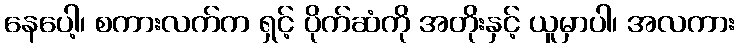
နေပေါ့၊ စကားလက်က ရှင့် ပိုက်ဆံကို အတိုးနှင့် ယူမှာပါ၊ အလကား